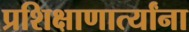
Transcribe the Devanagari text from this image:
प्रशिक्षाणार्त्यांना